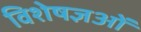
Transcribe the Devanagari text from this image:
विशेषज्ञओं